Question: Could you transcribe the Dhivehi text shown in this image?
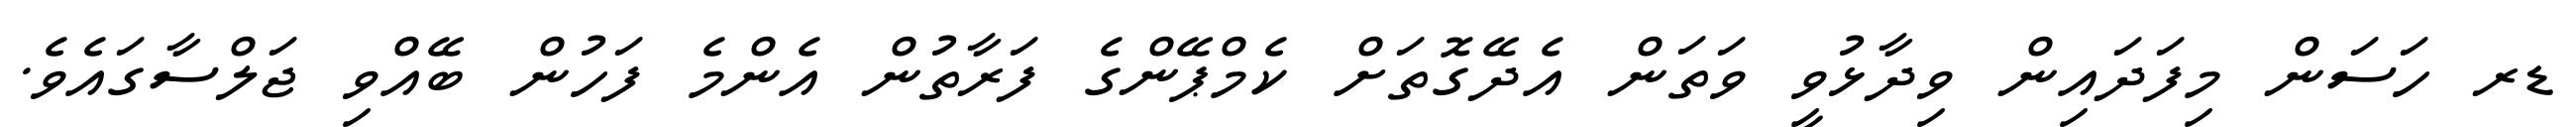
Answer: ޑރ ހަސަން މިފަދައިން ވިދާޅުވީ ވަތަން އެދޭގޮތަށް ކެމްޕޭންގެ ފަރާތުން އެންމެ ފަހުން ބޭއްވި ޖަލްސާގައެވެ.